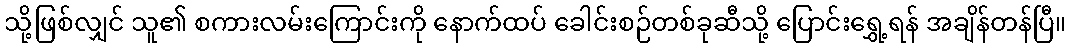
သို့ဖြစ်လျှင် သူ၏ စကားလမ်းကြောင်းကို နောက်ထပ် ခေါင်းစဉ်တစ်ခုဆီသို့ ပြောင်းရွှေ့ရန် အချိန်တန်ပြီ။